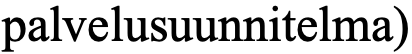
palvelusuunnitelma)